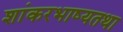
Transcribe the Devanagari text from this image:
शांकरभाष्यतथा